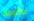
سأتوقف